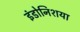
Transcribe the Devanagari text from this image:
इंडोनिशया